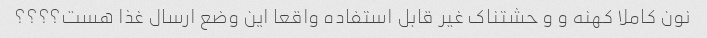
نون کاملا کهنه و و حشتناک غیر قابل استفاده واقعا این وضع ارسال غذا هست؟؟؟؟